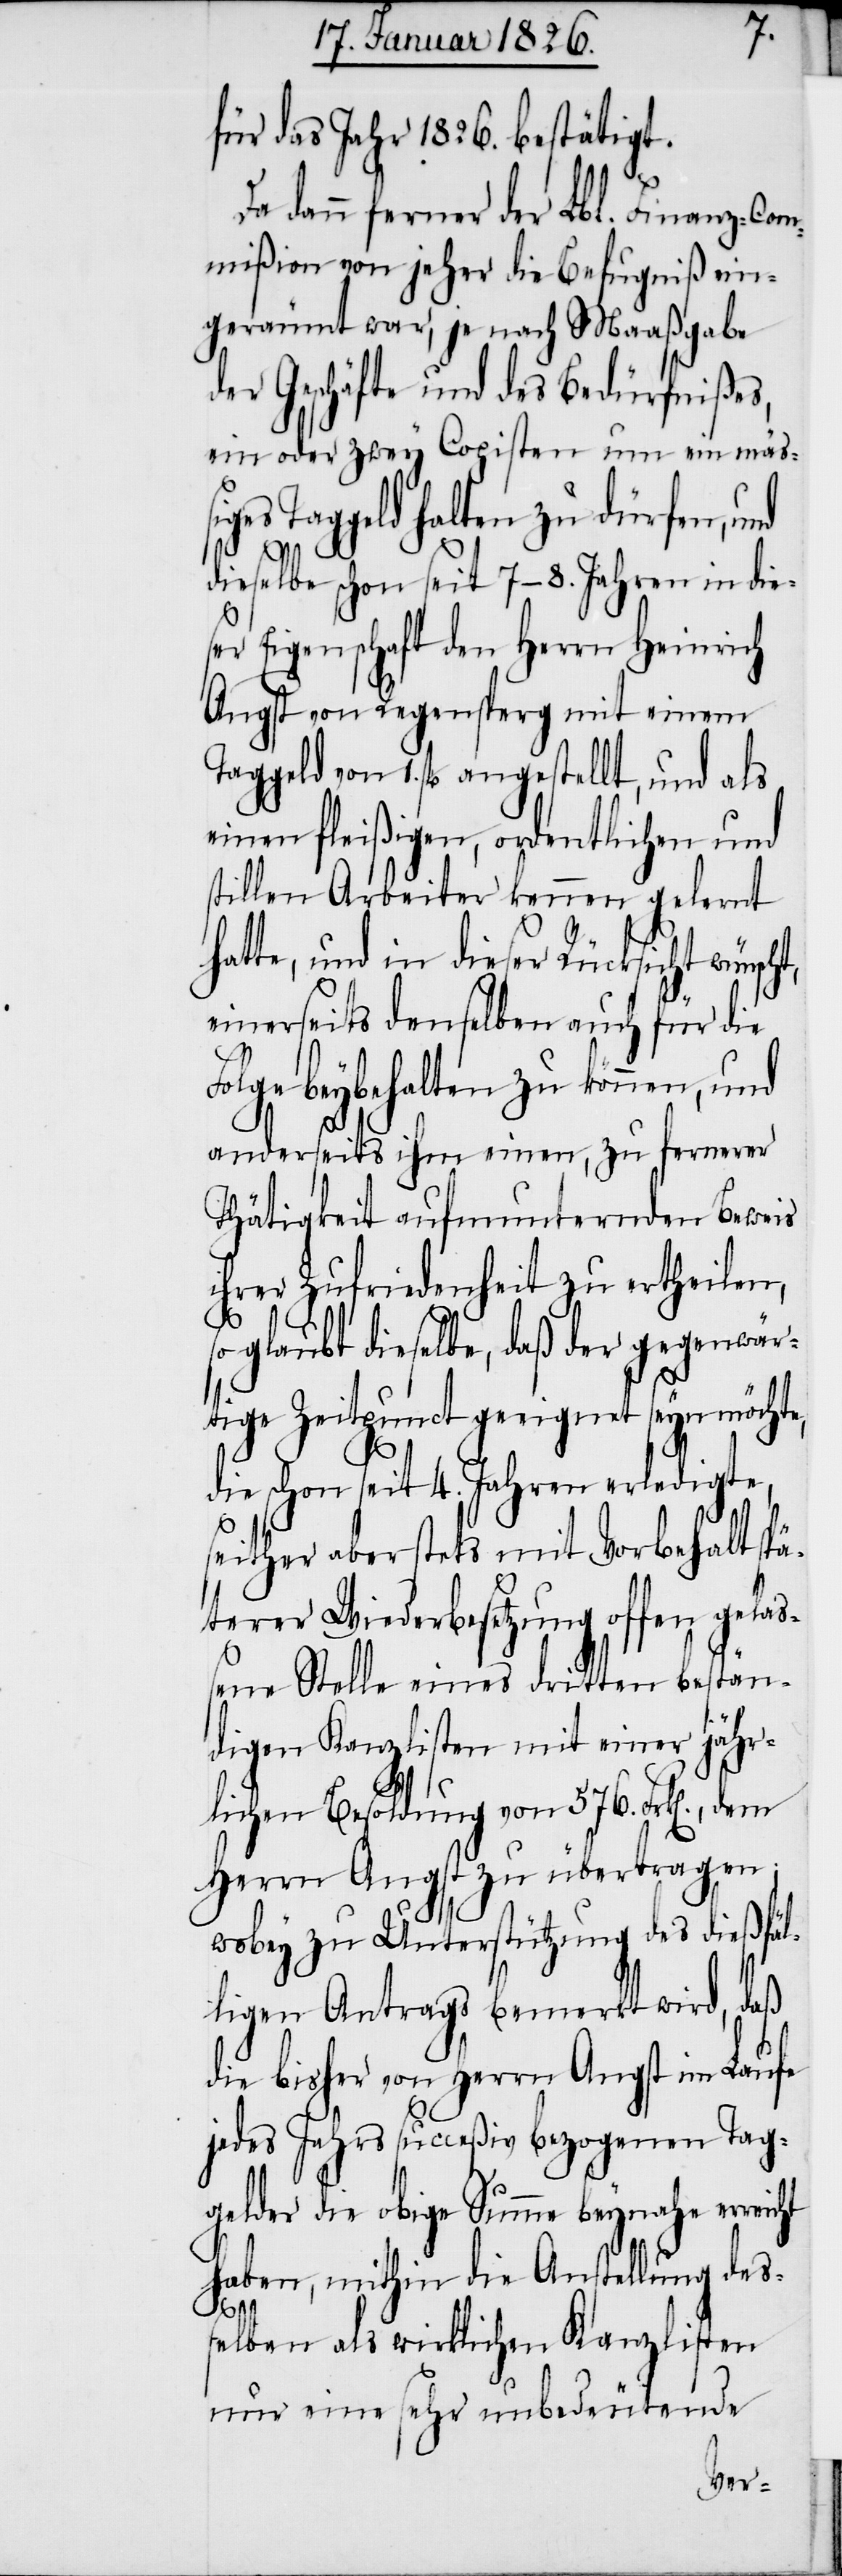
für das Jahr 1826. bestätigt.
Da dann ferner der Lbl. Finanz-Com¬
mißion von jeher die Befugniß ein¬
geräumt war, je nach Maaßgabe
der Geschäfte und des Bedürfnißes,
ein oder zwey Copisten um ein mäßig¬
es Taggeld halten zu dürfen,
dieselbe schon seit 7–8. Jahren in die¬
ser Eigenschaft den Herrn Heinrich
Angst von Regensperg mit einem
von 1. fl. angestellt, und als
einen fleißigen, ordentlichen und
stillen Arbeiter kennen gelernt
hatte, und in dieser Rücksicht
einerseits denselben auch für die
Folge beybehalten zu können, und
anderseits ihm einen, zu fernerer
Thätigkeit aufmunternden Beweis
ihrer Zufriedenheit zu ertheilen,
glaubt dieselbe, daß der gegenwär¬
tige Zeitpunct geeignet seyn möchte,
die schon seit 4. Jahren erledigte,
seither aber stets mit Vorbehalt spä¬
terer Wiederbesetzung offen gelaß¬
ene Stelle eines dritten bestän¬
digen Kanzlisten mit einer jähr¬
lichen Besoldung von 576. Frk[en].,
Herrn Angst zu übertragen;
wobey zu Unterstützung des dießfäl¬
ligen Antrags bemerkt wird, daß
die bisher von Herrn Angst im Laufe
jedes Jahres succeßiv bezogenen Tag¬
gelder die obige Summe beynahe erreicht
haben, mithin die Anstellung des¬
Taggeld
selben als wirklichen Kanzlisten
nur eine sehr unbedeutende